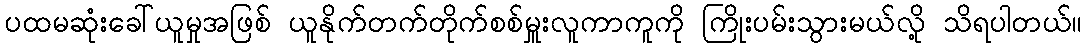
ပထမဆုံးခေါ်ယူမှုအဖြစ် ယူနိုက်တက်တိုက်စစ်မှူးလူကာကူကို ကြိုးပမ်းသွားမယ်လို့ သိရပါတယ်။